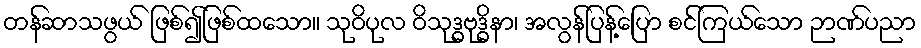
တန်ဆာသဖွယ် ဖြစ်၍ဖြစ်ထသော။ သုဝိပုလ ဝိသုဒ္ဓဗုဒ္ဓိနာ၊ အလွန်ပြန့်ပြော စင်ကြယ်သော ဉာဏ်ပညာ